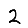
Digit: 2